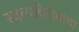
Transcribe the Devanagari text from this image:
स्वल्पविरामाचा